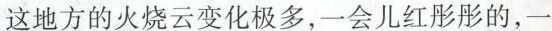
这地方的火烧云变化极多，一会儿红彤彤的，一